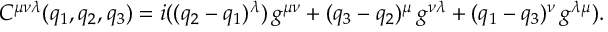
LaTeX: C ^ { \mu \nu \lambda } ( q _ { 1 } , q _ { 2 } , q _ { 3 } ) = i ( ( q _ { 2 } - q _ { 1 } ) ^ { \lambda } ) \, g ^ { \mu \nu } + ( q _ { 3 } - q _ { 2 } ) ^ { \mu } \, g ^ { \nu \lambda } + ( q _ { 1 } - q _ { 3 } ) ^ { \nu } \, g ^ { \lambda \mu } ) .